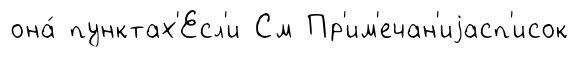
она́ пунктах'Есл'и См Пр'им'ечан'иjасп'исок